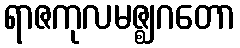
ရာဇကုလမဇ္ဈဂတော